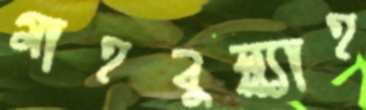
মাহবুল্ল্যাহ